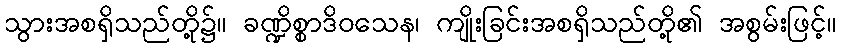
သွားအစရှိသည်တို့၌။ ခဏ္ဍိစ္စာဒိဝသေန၊ ကျိုးခြင်းအစရှိသည်တို့၏ အစွမ်းဖြင့်။